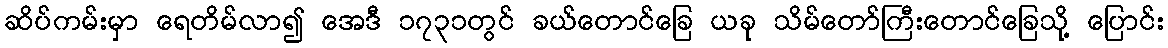
ဆိပ်ကမ်းမှာ ရေတိမ်လာ၍ အေဒီ ၁၇၃၁တွင် ခယ်တောင်ခြေ ယခု သိမ်တော်ကြီးတောင်ခြေသို့ ပြောင်း